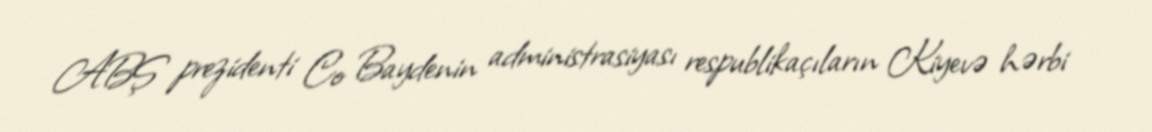
ABŞ prezidenti Co Baydenin administrasiyası respublikaçıların Kiyevə hərbi